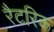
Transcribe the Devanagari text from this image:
रैटरिक